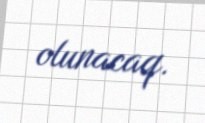
olunacaq.